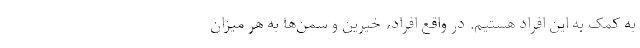
به کمک به این افراد هستیم. در واقع افراد، خیرین و سمن‌ها به هر میزان